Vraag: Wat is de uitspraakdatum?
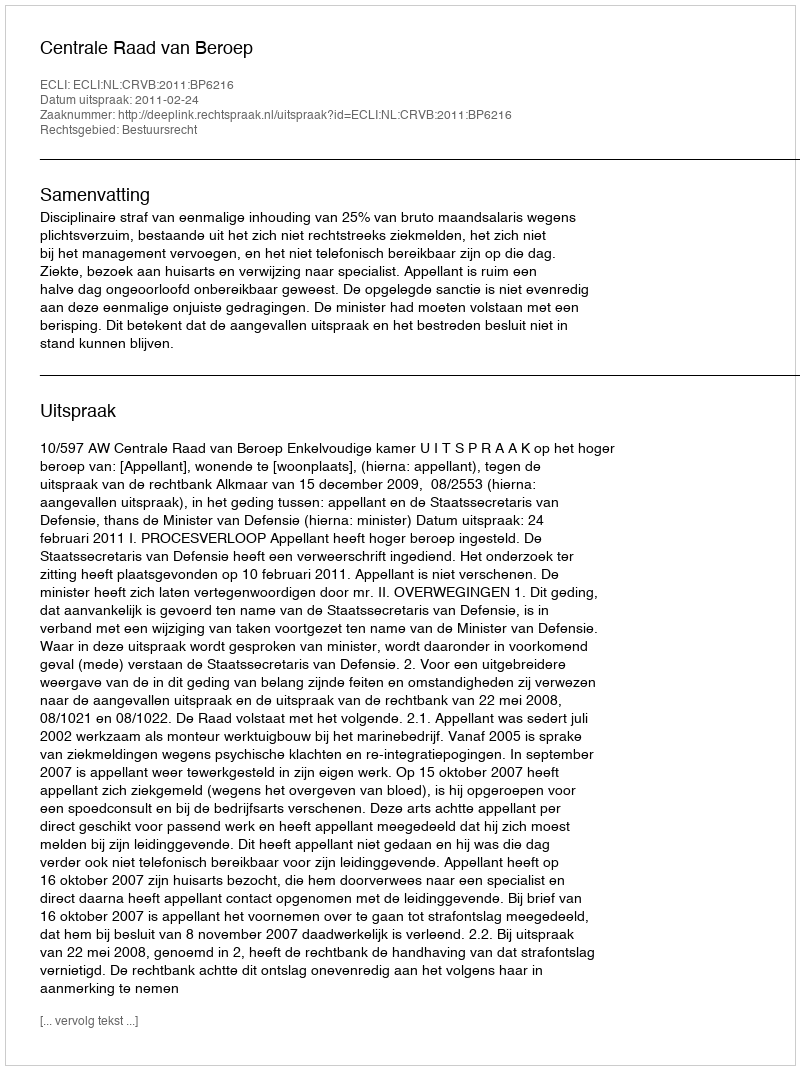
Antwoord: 2011-02-24